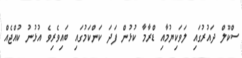
ސްކޫލް ދައުރުގައި ލަވަކިޔުމާއި ޑްރާމާ ކުޅުން ފަދަ ކަންކަމުގައި ބައިވެރިވެ އުޅުނު ކުއްޖެއް